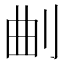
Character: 𭃗